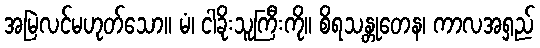
အမြဲလင်မဟုတ်သော။ မံ၊ ငါခိုးသူကြီးကို။ စိရသန္တုတေန၊ ကာလအရှည်